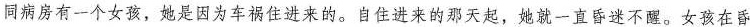
同病房有一个女孩，她是因为车祸住进来的。自住进来的那天起，她就-直昏迷不醒。女孩在昏